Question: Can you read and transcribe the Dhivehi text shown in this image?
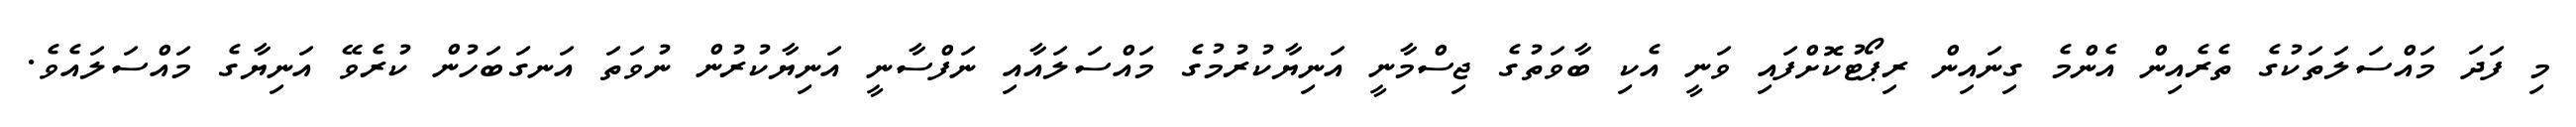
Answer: މި ފަދަ މައްސަލަތަކުގެ ތެރެއިން އެންމެ ގިނައިން ރިޕޯޓުކޮށްފައި ވަނީ އެކި ބާވަތުގެ ޖިސްމާނީ އަނިޔާކުރުމުގެ މައްސަލައާއި ނަފްސާނީ އަނިޔާކުރުން ނުވަތަ އަނގަބަހުން ކުރެވޭ އަނިޔާގެ މައްސަލައެވެ.